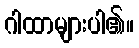
ဂါထာများပါ၏။